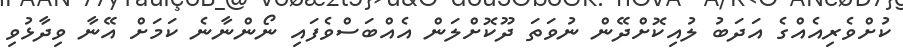
ކުށްވެރިއެއްގެ އަދަބު ލުއިކޮށްދޭން ނުވަތަ ދޫކޮށްލަން އެއްބަސްވެފައި ނޯންނާނެ ކަމަށް އޭނާ ވިދާޅުވި